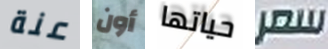
عنة أون حياتها سعر